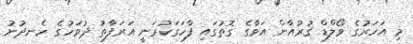
މި އަހަރުގެ ވޯލްޑް ޤުރުއާން އަވާގެ ގޮތުގައި ފާހަގަކުރަނީ އަރަފާތު ދުވަހުގެ ހެނދުނު